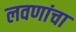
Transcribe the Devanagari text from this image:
लवणांचा